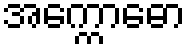
အက္ကောဓော